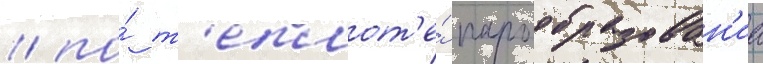
/ по́ т'еплот'е́ парообразован'иа